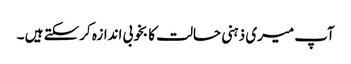
آپ میری ذہنی حالت کا بخوبی اندازہ کرسکتے ہیں ۔